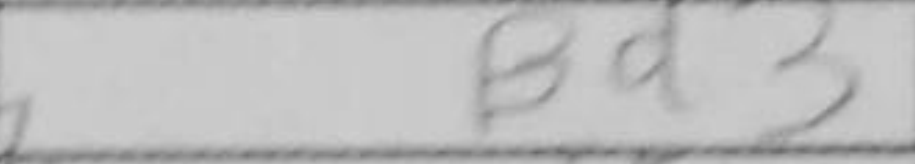
Transcription: Bd3